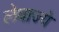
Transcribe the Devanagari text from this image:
लेवाज्ये